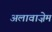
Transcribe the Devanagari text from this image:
अलावाज़ेम